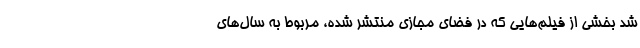
شد بخشی از فیلم‌هایی که در فضای مجازی منتشر شده، مربوط به سال‌های